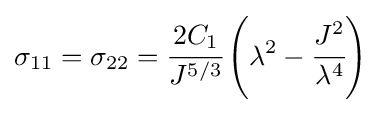
\sigma _{11}=\sigma _{22}={\cfrac {2C_{1}}{J^{5/3}}}\left(\lambda ^{2}-{\cfrac {J^{2}}{\lambda ^{4}}}\right)